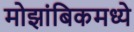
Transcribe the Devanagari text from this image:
मोझांबिकमध्ये